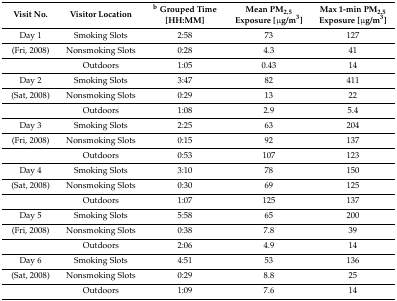
<table><thead><tr><td><b>Visit No.</b></td><td><b>Visitor Location</b></td><td><b><sup>b</sup> Grouped Time [HH:MM]</b></td><td><b>Mean PM<sub>2.5</sub> Exposure [μg/m<sup>3</sup>]</b></td><td><b>Max 1-min PM<sub>2.5</sub> Exposure [μg/m<sup>3</sup>]</b></td></tr></thead><tbody><tr><td>Day 1</td><td>Smoking Slots</td><td>2:58</td><td>73</td><td>127</td></tr><tr><td>(Fri, 2008)</td><td>Nonsmoking Slots</td><td>0:28</td><td>4.3</td><td>41</td></tr><tr><td></td><td>Outdoors</td><td>1:05</td><td>0.43</td><td>14</td></tr><tr><td>Day 2</td><td>Smoking Slots</td><td>3:47</td><td>82</td><td>411</td></tr><tr><td>(Sat, 2008)</td><td>Nonsmoking Slots</td><td>0:29</td><td>13</td><td>22</td></tr><tr><td></td><td>Outdoors</td><td>1:08</td><td>2.9</td><td>5.4</td></tr><tr><td>Day 3</td><td>Smoking Slots</td><td>2:25</td><td>63</td><td>204</td></tr><tr><td>(Fri, 2008)</td><td>Nonsmoking Slots</td><td>0:15</td><td>92</td><td>137</td></tr><tr><td></td><td>Outdoors</td><td>0:53</td><td>107</td><td>123</td></tr><tr><td>Day 4</td><td>Smoking Slots</td><td>3:10</td><td>78</td><td>150</td></tr><tr><td>(Sat, 2008)</td><td>Nonsmoking Slots</td><td>0:30</td><td>69</td><td>125</td></tr><tr><td></td><td>Outdoors</td><td>1:07</td><td>125</td><td>137</td></tr><tr><td>Day 5</td><td>Smoking Slots</td><td>5:58</td><td>65</td><td>200</td></tr><tr><td>(Fri, 2008)</td><td>Nonsmoking Slots</td><td>0:38</td><td>7.8</td><td>39</td></tr><tr><td></td><td>Outdoors</td><td>2:06</td><td>4.9</td><td>14</td></tr><tr><td>Day 6</td><td>Smoking Slots</td><td>4:51</td><td>53</td><td>136</td></tr><tr><td>(Sat, 2008)</td><td>Nonsmoking Slots</td><td>0:29</td><td>8.8</td><td>25</td></tr><tr><td></td><td>Outdoors</td><td>1:09</td><td>7.6</td><td>14</td></tr></tbody></table>